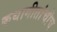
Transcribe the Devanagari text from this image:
कथागीतांचीच